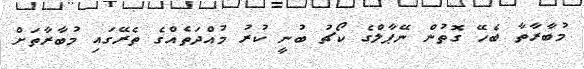
މުބާރާތާ ބެހޭ ގޮތުން ނޭޕާލްގެ ކޯޗު ބުނީ ކުރު މުއްދަތެއްގެ ތެރޭގައި މުބާރާތަށް